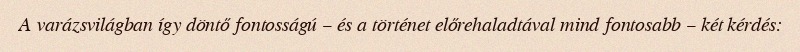
A varázsvilágban így döntő fontosságú – és a történet előrehaladtával mind fontosabb – két kérdés: